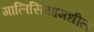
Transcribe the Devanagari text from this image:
गालिसियामधील